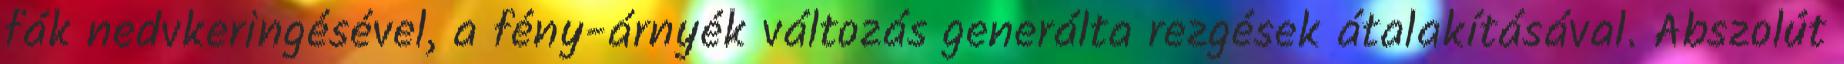
fák nedvkeringésével, a fény-árnyék változás generálta rezgések átalakításával. Abszolút